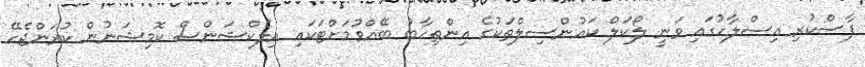
ފާސްކުރި އިސްލާހުގައި ވަނީ ލޯކަލް ކައުންސިލްތަކުގެ އިންތިހާބު ބޭއްވުމަށްޓަކައި އިލެކްޝަންސް ކޮމިޝަނުން ކުރަންޖެހޭ